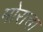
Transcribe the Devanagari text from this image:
मोराचा